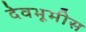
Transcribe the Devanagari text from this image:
देवभूमीस